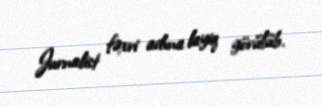
Jurnalist fəxri adına layiq görülüb.